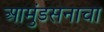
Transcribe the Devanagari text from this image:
आमुंडसनाचा